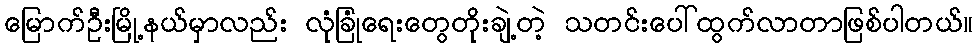
မြောက်ဦးမြို့နယ်မှာလည်း လုံခြုံရေးတွေတိုးချဲ့တဲ့ သတင်းပေါ်ထွက်လာတာဖြစ်ပါတယ်။